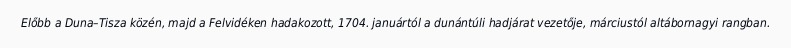
Előbb a Duna–Tisza közén, majd a Felvidéken hadakozott, 1704. januártól a dunántúli hadjárat vezetője, márciustól altábornagyi rangban.